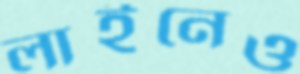
লাইনেও